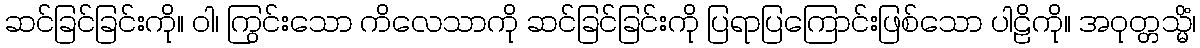
ဆင်ခြင်ခြင်းကို။ ဝါ၊ ကြွင်းသော ကိလေသာကို ဆင်ခြင်ခြင်းကို ပြရာပြကြောင်းဖြစ်သော ပါဠိကို။ အဝုတ္တသ္မိံ၊